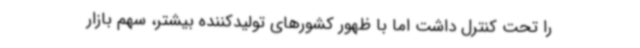
را تحت کنترل داشت اما با ظهور کشورهای تولیدکننده بیشتر، سهم بازار